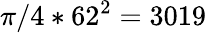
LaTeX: \pi/4*62^{2}=3019